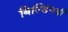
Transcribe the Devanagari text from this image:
बिल्डिंगची